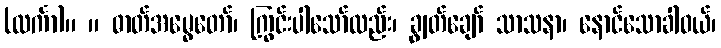
(လင်္ကာ)။ ။ ဓာတ်အမွေတော်၊ ကြွင်းပါသော်လည်း၊ ချွတ်ချော် သာသနာ၊ နောင်သောခါဝယ်၊